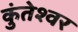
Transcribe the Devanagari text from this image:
कुंतेश्वर